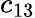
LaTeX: c_{13}